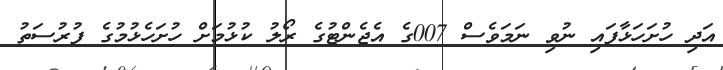
އަދި ހުށަހަޅާފައި ނުވި ނަމަވެސް 007ގެ އެޖެންޓުގެ ރޯލު ކުޅުމަށް ހުށަހެޅުމުގެ ފުރުސަތު